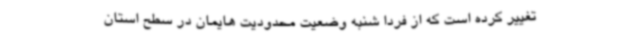
تغییر کرده است که از فردا شنبه وضعیت محدودیت هایمان در سطح استان